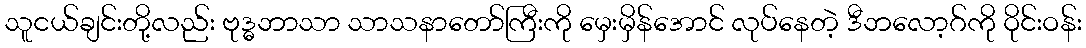
သူငယ်ချင်းတို့လည်း ဗုဒ္ဓဘာသာ သာသနာတော်ကြီးကို မှေးမှိန်အောင် လုပ်နေတဲ့ ဒီဘလော့ဂ်ကို ဝိုင်းဝန်း